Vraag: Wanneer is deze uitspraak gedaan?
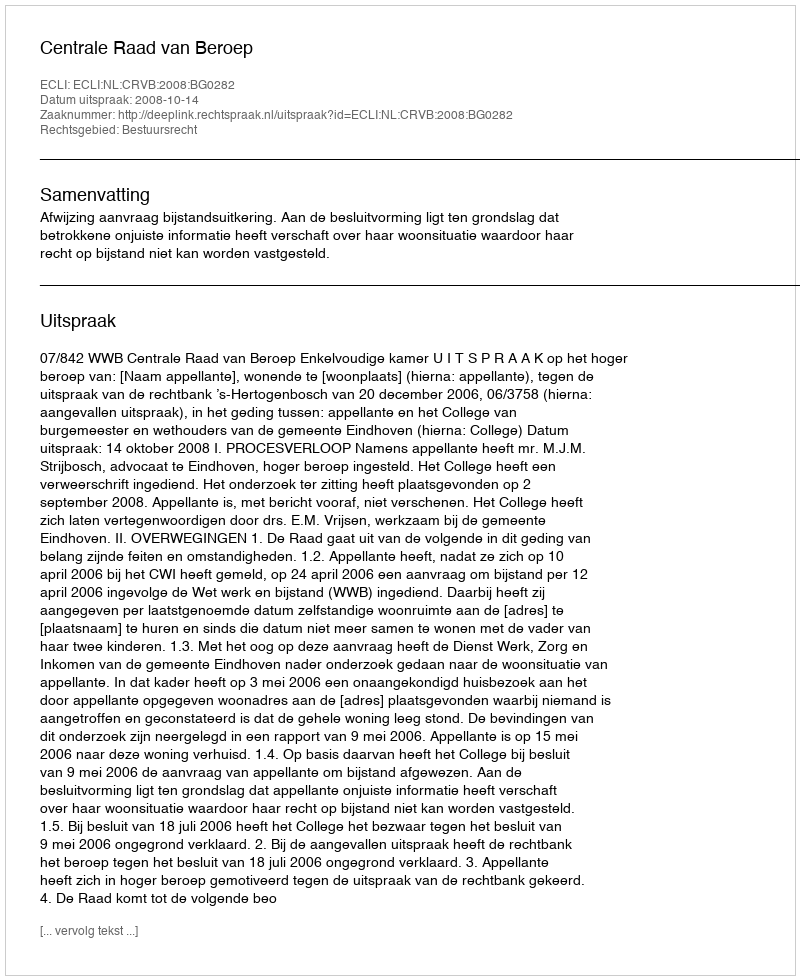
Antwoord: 2008-10-14